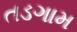
તડગામ